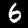
Label: 6